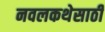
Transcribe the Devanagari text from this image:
नवलकथेसाठी